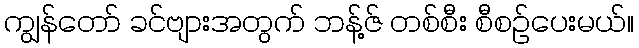
ကျွန်တော် ခင်ဗျားအတွက် ဘန့်ဇ် တစ်စီး စီစဉ်ပေးမယ်။